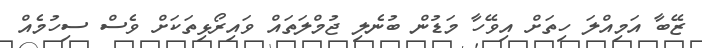
ޒޭބާ އަމިއްލަ ހިތަށް އިވޭހާ މަޑުން ބުނެލި ޖުމްލަތައް ވައިރޯޅިތަކަށް ވެސް ސިހުމެއް